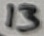
Text: 13